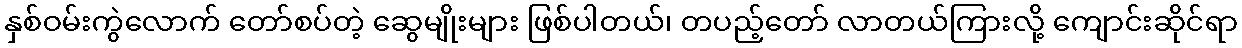
နှစ်ဝမ်းကွဲလောက် တော်စပ်တဲ့ ဆွေမျိုးများ ဖြစ်ပါတယ်၊ တပည့်တော် လာတယ်ကြားလို့ ကျောင်းဆိုင်ရာ